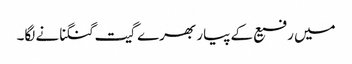
میں رفیع کے پیار بھرے گیت گنگنانے لگا۔